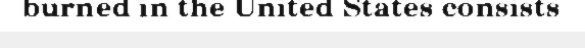
burned in the United States consists